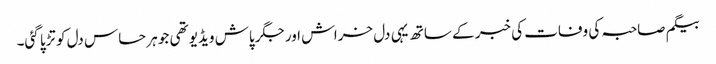
بیگم صاحبہ کی وفات کی خبر کے ساتھ یہی دل خراش اور جگر پاش ویڈیو تھی جو ہر حساس دل کو تڑپا گئی۔